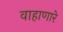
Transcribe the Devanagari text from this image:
वाहाणारे